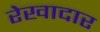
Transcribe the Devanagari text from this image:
रेखादार